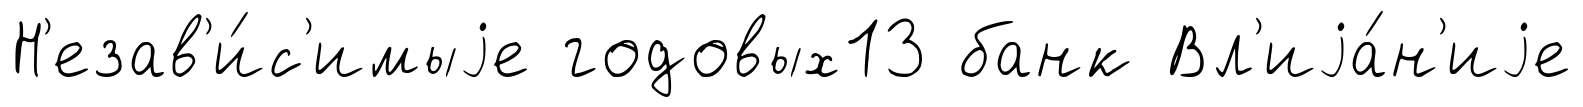
Н'езав'и́с'имыjе годовых13 банк Вл'иjа́н'иjе